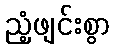
ညံ့ဖျင်းစွာ